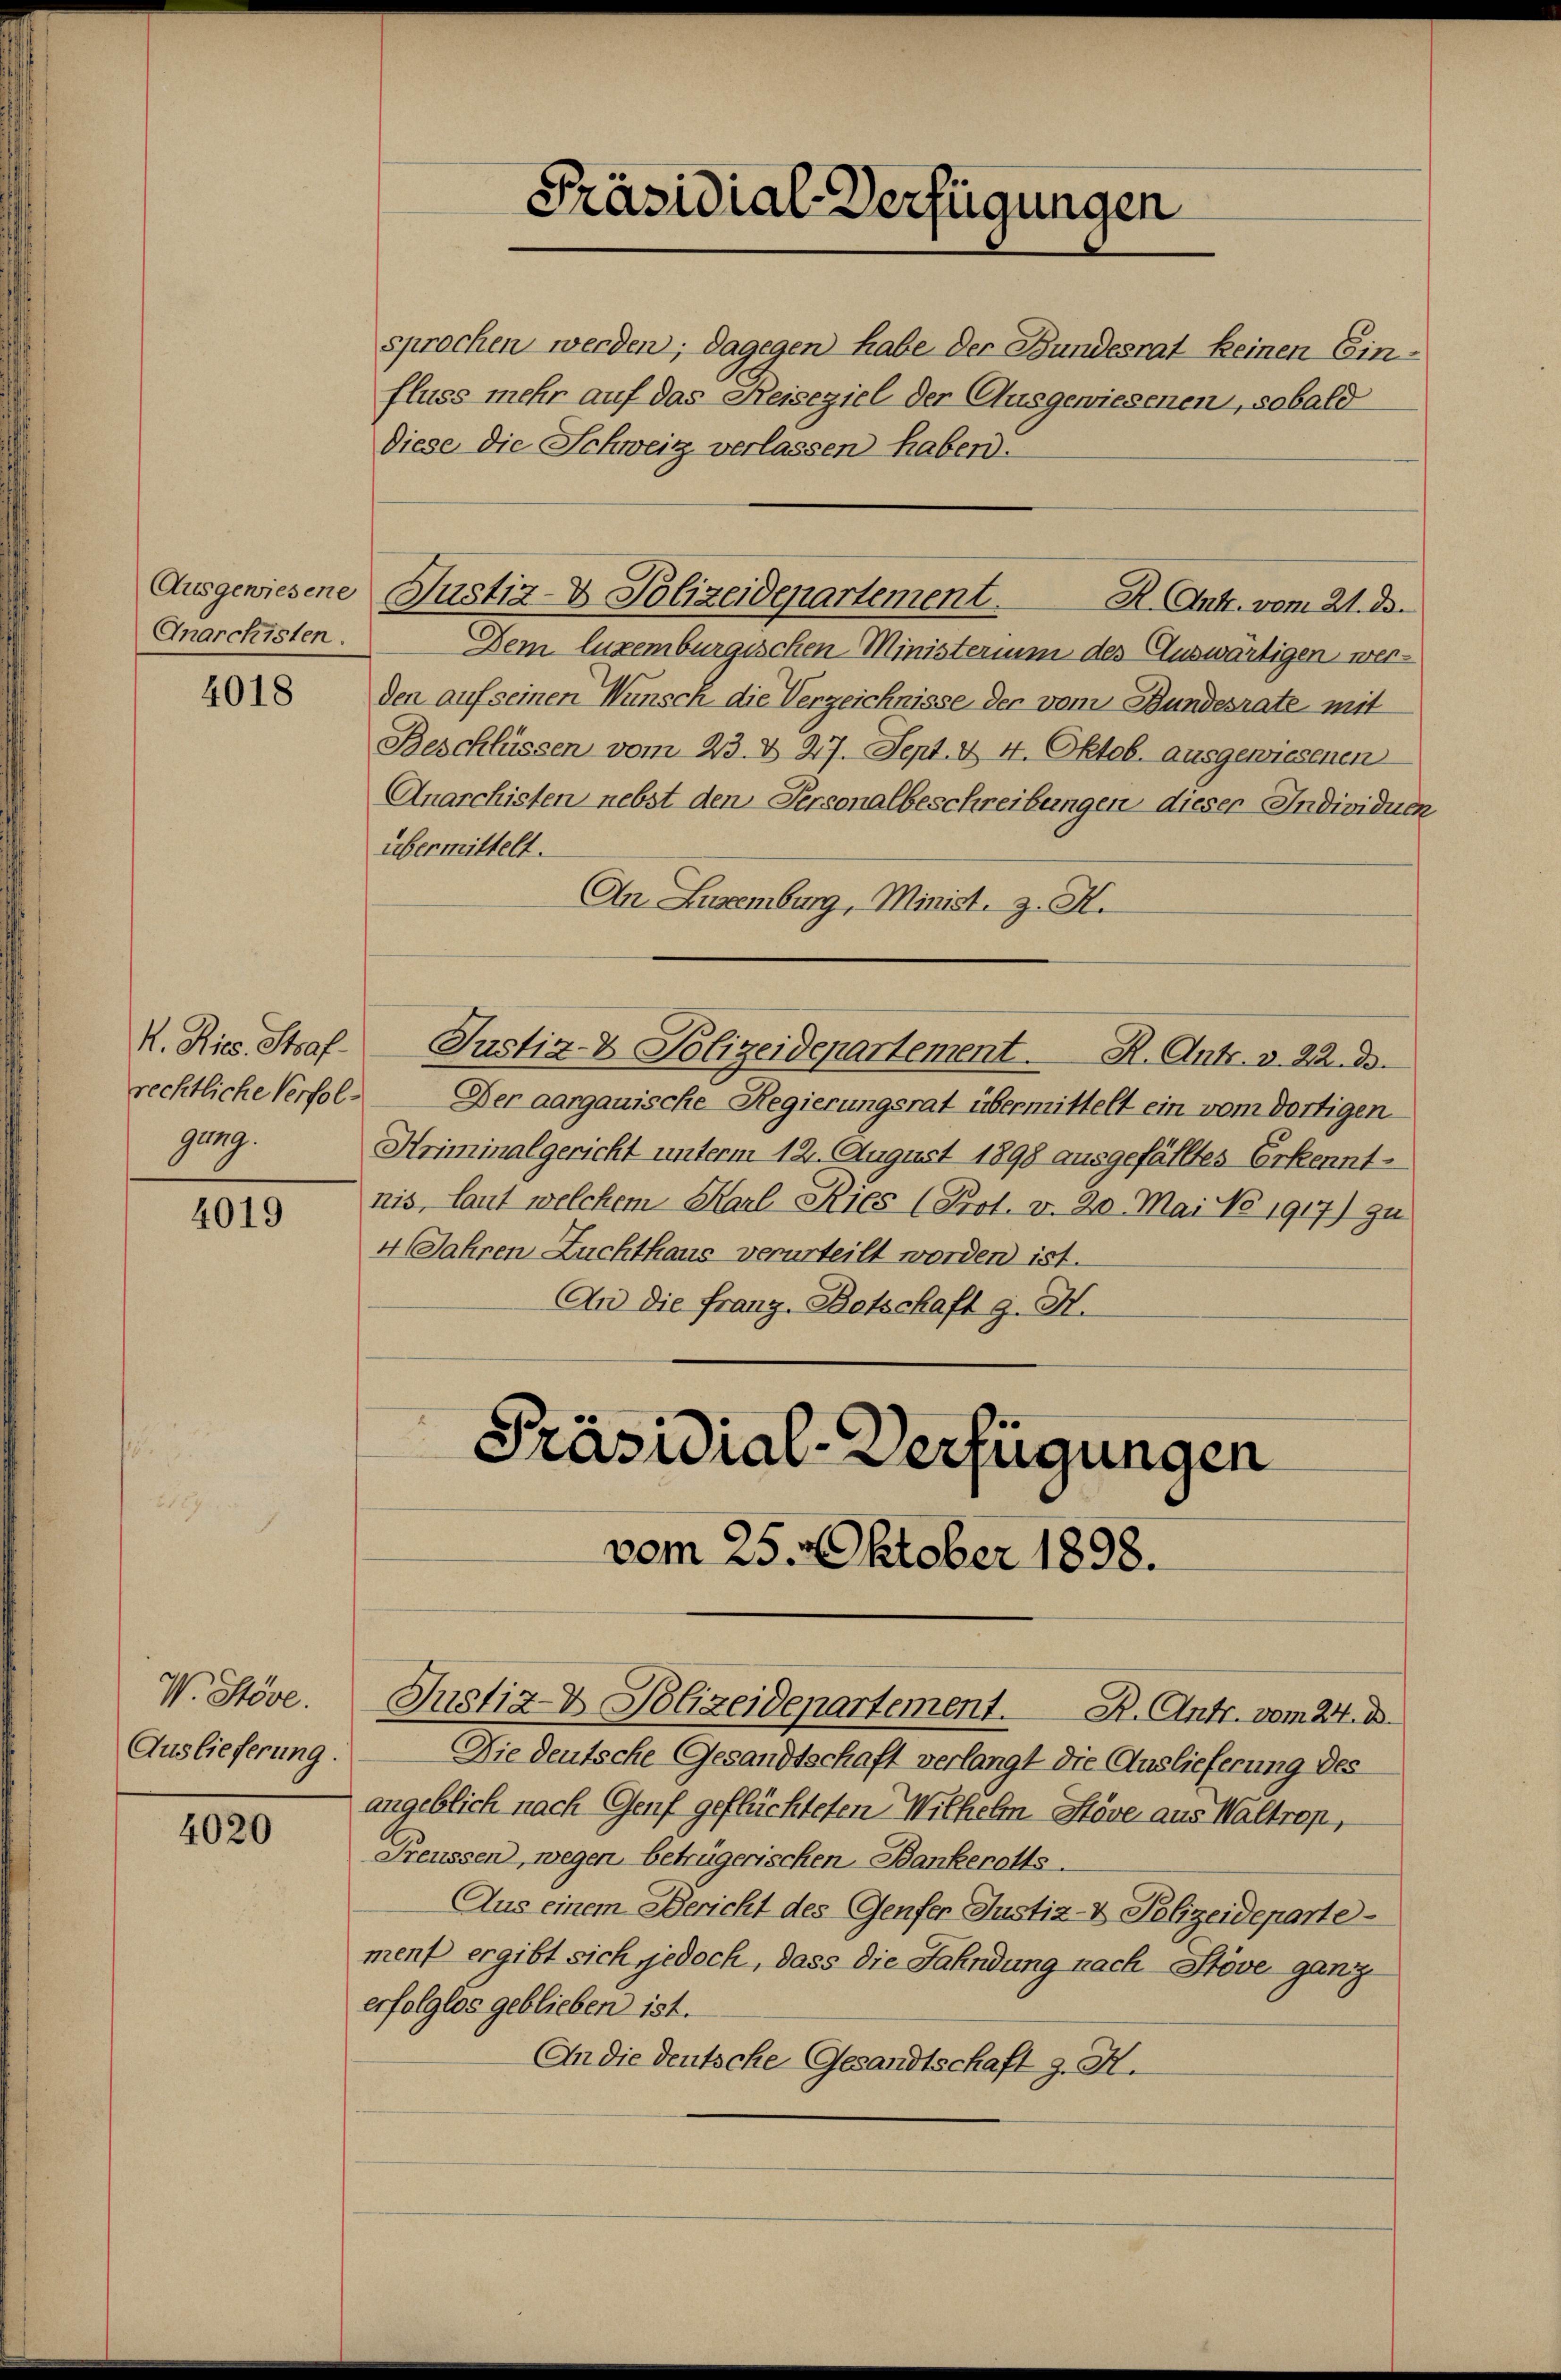
Ausgewiesene
Anarchisten.

4018

H. Ries. Straf
rechtliche Verfolgang.

4019

W. Stöse.
Auslieferung.

4020

Diese die Schweiz verlassen haben.
Dem luzemburgischen Ministerium des Auswärtigen werden auf seinen Wunsch die Verzeichnisse der vom Bundesrate mit
Beschlüssen vom 23. d. 27. Sept. & 4. Oktob. ausgewiesenen
Anarchisten nebst den Personalbeschreibungen dieser Individuen
übermittelt.
An Luremburg, Minist. z. K.

sprochen werden; dagegen habe der Bundesrat keinen Ein-
fluss mehr auf das Reiseziel der Ausgewiesenen, sobald

Präsidial-Verfügungen

Justiz- & Polizeidepartement. R. Ant. vom 21. d.

Justiz- & Polizeidepartement. R. Antr. v. 22. ds.

Der aargauische Regierungsrat übermittelt ein vom dortigen
Hriminalgericht unterm 12. August 1898 ausgefälltes Erkenntnis, laut welchem Karl Ries (Prot. v. 20. Mai No 1917) zu
4 Jahren Zuchthaus verurteilt worden ist.
An die franz. Botschaft G. H.
Präsidial-Verfügungen
vom 25. Oktober 1898.

Justiz- & Polizeidepartement. B. Antr. vom 24. d.

Die deutsche Gesandtschaft verlangt die Auslieferung des
angeblich nach Genf geflüchteten Wilhelm Stöve aus Waltrop,
Freussen, wegen betrügerischen Bankerotts.
Aus einem Bericht des Genfer Justiz- & Polizeideparte
menf ergibt sich jedoch, dass die Fahndung nach Stöve ganz
erfolglos geblieben ist.
An die deutsche Gesandtschaft z. H.